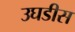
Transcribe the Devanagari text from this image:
उघडीस